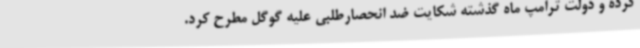
کرده و دولت ترامپ ماه گذشته شکایت ضد انحصارطلبی علیه گوگل مطرح کرد.